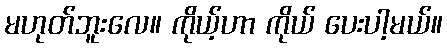
မဟုတ်ဘူးလေ။ ကိုယ့်ဟာ ကိုယ် ပေးပါ့မယ်။